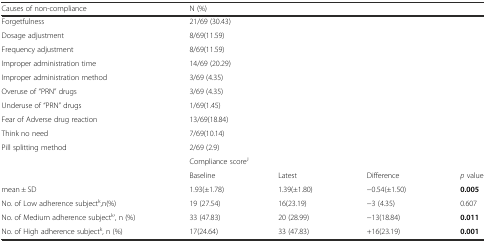
<table><thead><tr><td><b>Causes of non-compliance</b></td><td colspan="4"><b>N (%)</b></td></tr></thead><tbody><tr><td>Forgetfulness</td><td colspan="4">21/69 (30.43)</td></tr><tr><td>Dosage adjustment</td><td colspan="4">8/69(11.59)</td></tr><tr><td>Frequency adjustment</td><td colspan="4">8/69(11.59)</td></tr><tr><td>Improper administration time</td><td colspan="4">14/69 (20.29)</td></tr><tr><td>Improper administration method</td><td colspan="4">3/69 (4.35)</td></tr><tr><td>Overuse of “PRN” drugs</td><td colspan="4">3/69 (4.35)</td></tr><tr><td>Underuse of “PRN” drugs</td><td colspan="4">1/69(1.45)</td></tr><tr><td>Fear of Adverse drug reaction</td><td colspan="4">13/69(18.84)</td></tr><tr><td>Think no need</td><td colspan="4">7/69(10.14)</td></tr><tr><td>Pill splitting method</td><td colspan="4">2/69 (2.9)</td></tr><tr><td rowspan="2"></td><td colspan="4">Compliance score<sup>J</sup></td></tr><tr><td>Baseline</td><td>Latest</td><td>Difference</td><td><i>p</i> value</td></tr><tr><td>mean ± SD</td><td>1.93(±1.78)</td><td>1.39(±1.80)</td><td>−0.54(±1.50)</td><td><b>0.005</b></td></tr><tr><td>No. of Low adherence subject<sup>k</sup>,n(%)</td><td>19 (27.54)</td><td>16(23.19)</td><td>−3 (4.35)</td><td>0.607</td></tr><tr><td>No. of Medium adherence subject<sup>k</sup>’, n (%)</td><td>33 (47.83)</td><td>20 (28.99)</td><td>−13(18.84)</td><td><b>0.011</b></td></tr><tr><td>No. of High adherence subject<sup>k</sup>, n (%)</td><td>17(24.64)</td><td>33 (47.83)</td><td>+16(23.19)</td><td><b>0.001</b></td></tr></tbody></table>